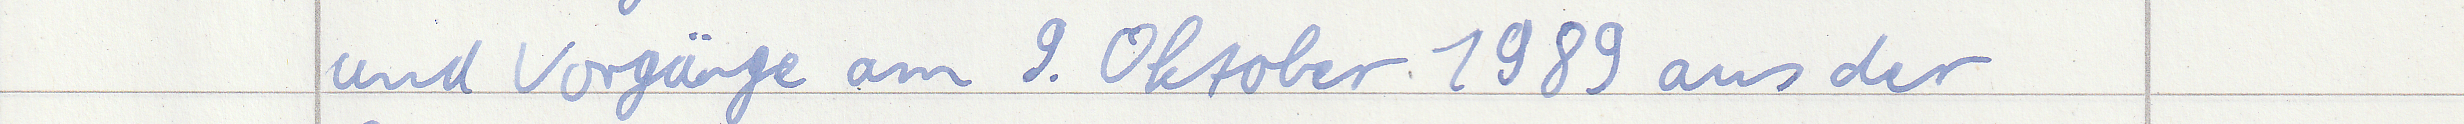
und Vorgänge am 9. Oktober 1989 aus der